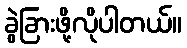
ခွဲခြားဖို့လိုပါတယ်။